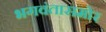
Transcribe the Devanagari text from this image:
भगवंतासमोर